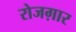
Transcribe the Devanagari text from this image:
रोजग़ार